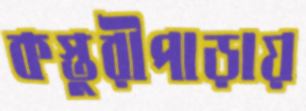
কস্তুরীপাড়ায়